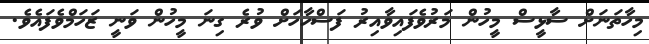
މިހާތަނަށް ސާޅީސް މީހުން މަރުވެފައިވާއިރު ފަސްހާހަށް ވުރެ ގިނަ މީހުން ވަނީ ޒަހަމްވެފައެވެ.